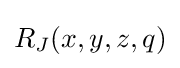
R_{J}(x,y,z,q)